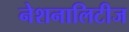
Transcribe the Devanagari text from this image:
नेशनालिटीज